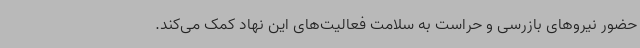
حضور نیروهای بازرسی و حراست به سلامت فعالیت‌های این نهاد کمک می‌کند.